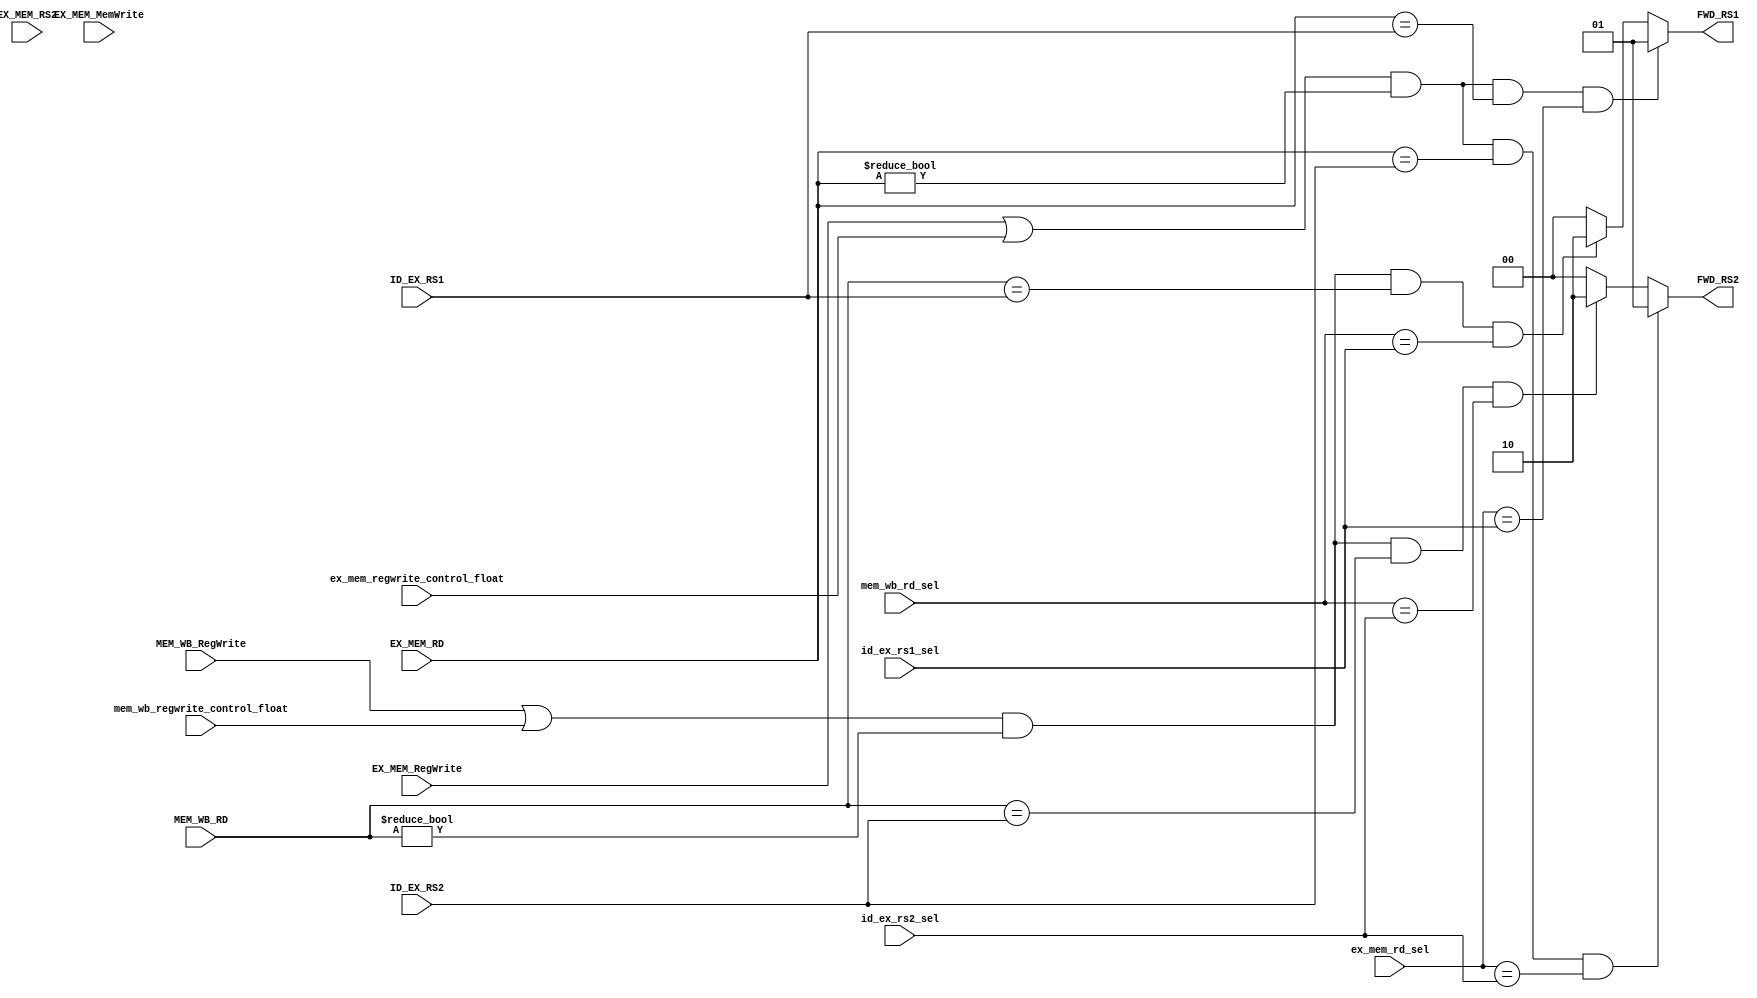
`timescale 1ns / 1ps
//////////////////////////////////////////////////////////////////////////////////
// Company: 
// Engineer: 
// 
// Design Name: 
// Module Name:    forwarding_unit 
// Project Name: 
// Target Devices: 
// Tool versions: 
// Description: 
//
// Dependencies: 
//
// Revision: 
// Revision 0.01 - File Created
// Additional Comments: 
//
//////////////////////////////////////////////////////////////////////////////////
module forwarding_unit(
    input ex_mem_regwrite_control_float, mem_wb_regwrite_control_float,
    input id_ex_rs1_sel, id_ex_rs2_sel, ex_mem_rd_sel, mem_wb_rd_sel,
	input [4:0] ID_EX_RS1,           
	input [4:0] ID_EX_RS2,
	input [4:0] EX_MEM_RD,
	input [4:0] MEM_WB_RD,
	input  EX_MEM_RegWrite,
	input  MEM_WB_RegWrite,
	input  EX_MEM_MemWrite,
	input [4:0]EX_MEM_RS2 ,
	output reg [1:0] FWD_RS1,
	output reg [1:0] FWD_RS2
);

// output from forwarding unit is select lines for mux
/*
00 - no forwarding
01 - exec stage forwarding
10 - mem stage forwarding
*/
always@(*)
begin
	if((EX_MEM_RegWrite|ex_mem_regwrite_control_float) && EX_MEM_RD != 0 && EX_MEM_RD == ID_EX_RS1 && ex_mem_rd_sel == id_ex_rs1_sel)
			FWD_RS1 = 2'b01;
	else if((MEM_WB_RegWrite|mem_wb_regwrite_control_float) && MEM_WB_RD != 0 && MEM_WB_RD == ID_EX_RS1 && mem_wb_rd_sel == id_ex_rs1_sel)
			FWD_RS1 = 2'b10;
	else
		   FWD_RS1 = 2'b00;
	
	if((EX_MEM_RegWrite|ex_mem_regwrite_control_float) && EX_MEM_RD != 0 && EX_MEM_RD == ID_EX_RS2 && ex_mem_rd_sel == id_ex_rs2_sel)
			FWD_RS2 = 2'b01;
	else if(((MEM_WB_RegWrite|mem_wb_regwrite_control_float) && MEM_WB_RD != 0 && MEM_WB_RD == ID_EX_RS2) && mem_wb_rd_sel == id_ex_rs2_sel)
			FWD_RS2 = 2'b10;
	else
		   FWD_RS2 = 2'b00;
	
end
endmodule